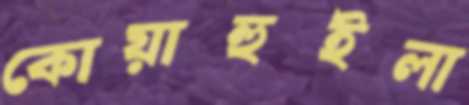
কোয়াহুইলা